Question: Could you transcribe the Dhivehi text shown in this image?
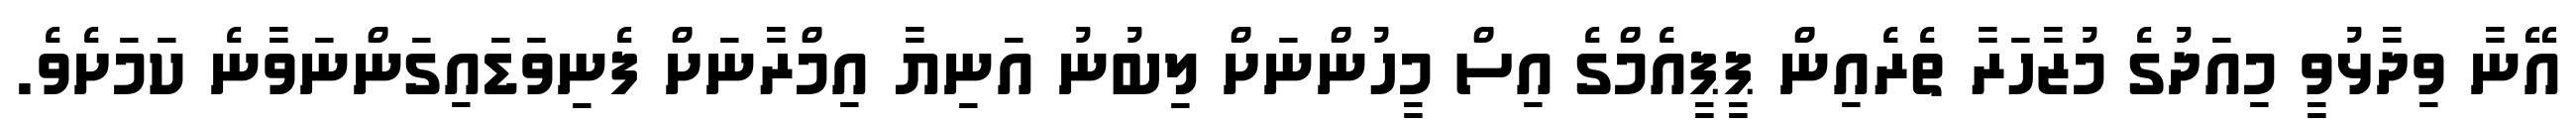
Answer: އޭނާ ވިދާޅުވީ މިއަދުގެ މުޒާހަރާ ތެރެއިން ޕީޕީއެމްގެ އިސް މީހުންނަށް ލިބުނު އަނިޔާ އިމްރާނަށް ފެނިވަޑައިގަންނަވާނެ ކަމަށެވެ.